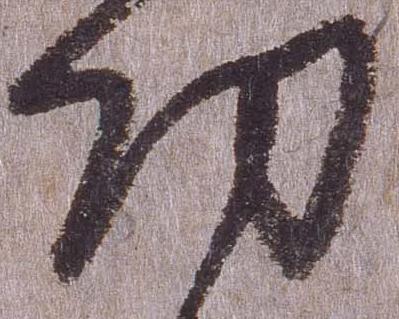
功